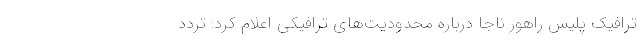
ترافیک پلیس راهور ناجا درباره محدودیت‌های ترافیکی اعلام کرد: تردد